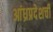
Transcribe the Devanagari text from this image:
आंध्रप्रदेशची